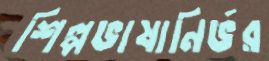
শিল্পভাষানির্ভর